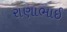
રાણાભાઈ